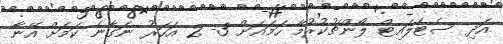
އަދި ސެޓެލައިޓް ލޯންޗުކުރުމާ ހަމައަށް 3- 2 އަހަރު ނަގާނެ ކަމަށް އޭނާ